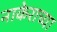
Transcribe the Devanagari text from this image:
नाकेराच्या